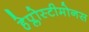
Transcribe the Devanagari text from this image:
हेप्लोस्टीमोनस